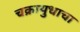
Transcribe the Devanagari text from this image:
चक्रायुधाचा